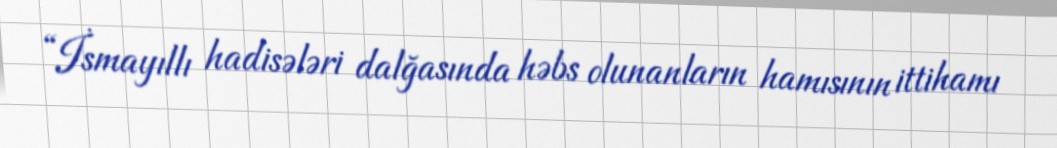
“İsmayıllı hadisələri dalğasında həbs olunanların hamısının ittihamı